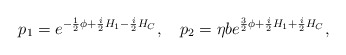
\begin{align*}p_{1}=e^{-{1\over2}\phi+ {i\over 2}H_{1}- {i\over2} H_{C}},\quad p_{2}=\eta b e^{{3\over2}\phi+{i \over2}H_{1}+{i\over2}H_{C}},\end{align*}